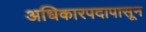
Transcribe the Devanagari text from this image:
अधिकारपदापासून